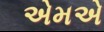
એમએ